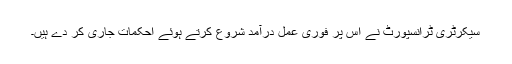
سیکرٹری ٹرانسپورٹ نے اس پر فوری عمل درآمد شروع کرتے ہوئے احکمات جاری کر دے ہیں۔